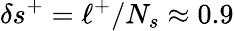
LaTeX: \delta s^{+}=\ell^{+}/N_{s}\approx 0.9